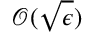
\mathcal { O } ( \sqrt { \epsilon } )